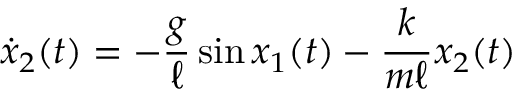
{ \dot { x } } _ { 2 } ( t ) = - { \frac { g } { \ell } } \sin { x _ { 1 } } ( t ) - { \frac { k } { m \ell } } { x _ { 2 } } ( t )